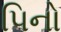
પિનો